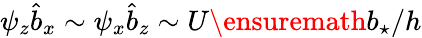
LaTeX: \psi_{z}\hat{b}_{x}\sim\psi_{x}\hat{b}_{z}\sim U{\ensuremath{b_{\star}}}/h